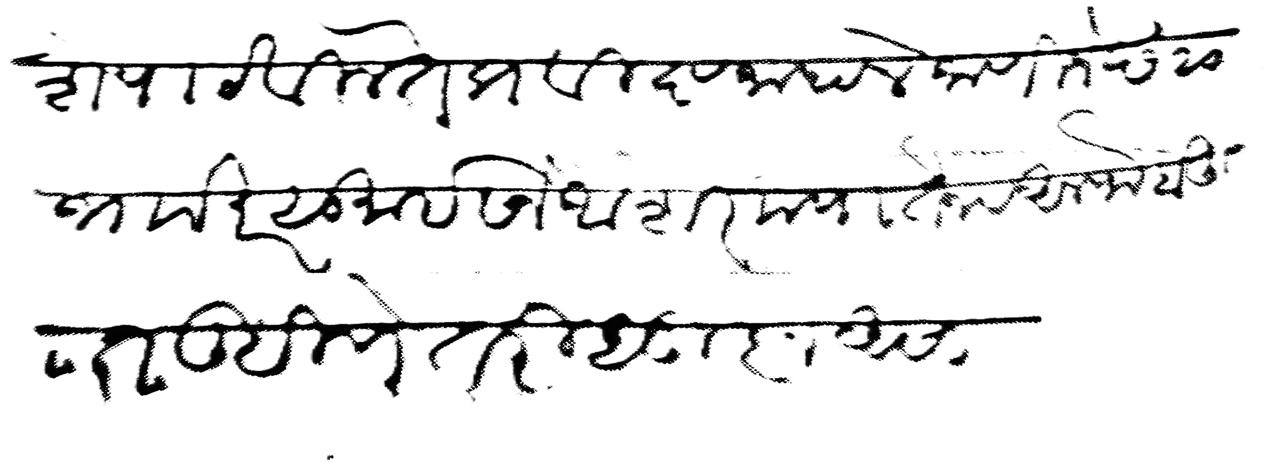
Transliteration (Devanagari): शे पाटविले ते प्रविष्ट जाहाले जाणिजे छ २० ज खर सु इसने अशर मयातेन व अलफ बहुत लिहिणे तरी सूज्ञ असा